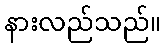
နားလည်သည်။